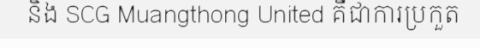
និង SCG Muangthong United គឺជាការប្រកួត